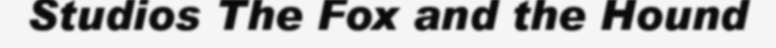
Studios The Fox and the Hound